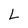
Character: L